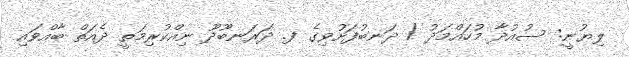
ލިޔުނީ: ސުއުދާ މުހައްމަދު / ދަނބުފަށުވިގެ ފ. ދަރަނބޫދޫ ނިއްކުރިމަތީ ދެއަތް ބާއްވައި